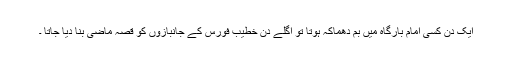
ایک دن کسی امام بارگاہ میں بم دھماکہ ہوتا تو اگلے دن خطیب فورس کے جانبازوں کو قصہ ماضی بنا دیا جاتا ۔